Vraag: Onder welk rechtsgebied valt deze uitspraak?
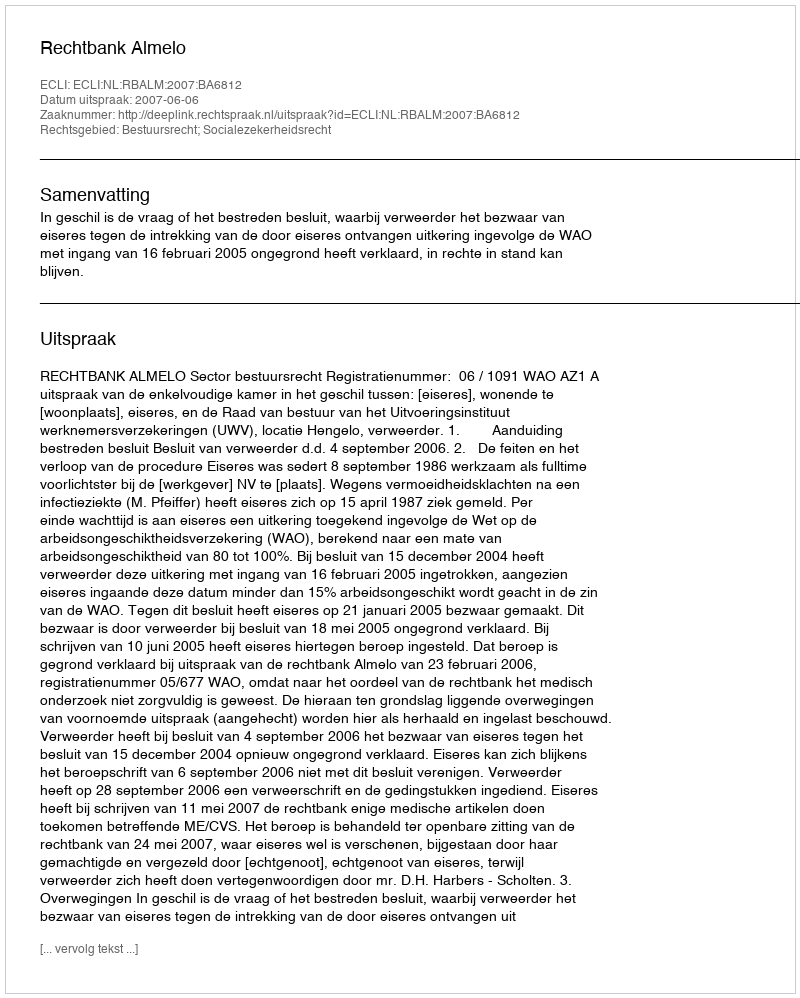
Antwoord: Bestuursrecht; Socialezekerheidsrecht